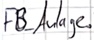
Text: FB_Anlage